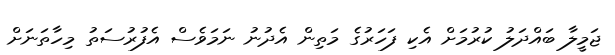
ޖަމީލާ ބައްދަލު ކުރުމަށް އެކި ފަހަރުގެ މަތިން އެދުނު ނަމަވެސް އެފުރުސަތު މިހާތަނަށް